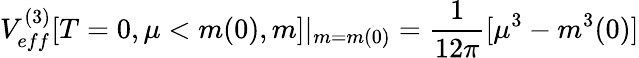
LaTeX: V_{eff}^{(3)}[T=0,\mu<m(0),m]|_{m=m(0)}=\frac{1}{12\pi}[\mu^{3}-m^{3}(0)]